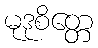
မုဒုစိတ္တေ